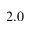
2 . 0